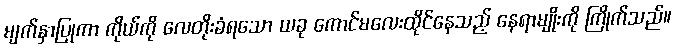
မျက်နှာပြုကာ ကိုယ်ကို လေတိုးခံရသော ယခု ကောင်မလေးထိုင်နေသည့် နေရာမျိုးကို ကြိုက်သည်။